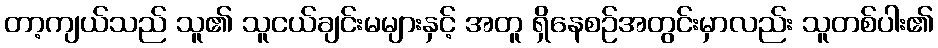
တာ့ကျယ်သည် သူ၏ သူငယ်ချင်းမများနှင့် အတူ ရှိနေစဉ်အတွင်းမှာလည်း သူတစ်ပါး၏